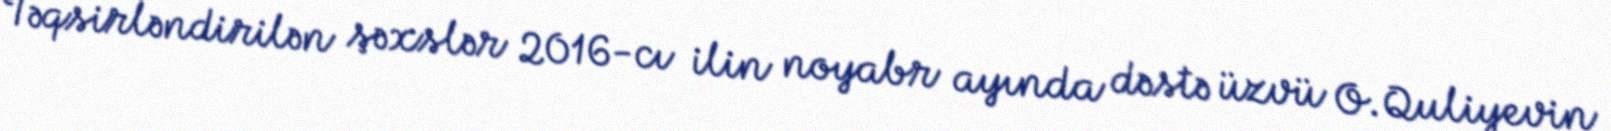
Təqsirləndirilən şəxslər 2016-cı ilin noyabr ayında dəstə üzvü O.Quliyevin